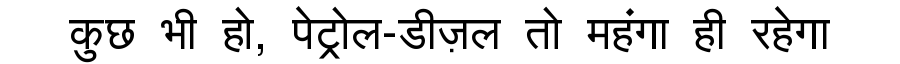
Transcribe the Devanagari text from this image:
कुछ भी हो, पेट्रोल-डीज़ल तो महंगा ही रहेगा